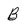
Character: B